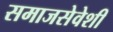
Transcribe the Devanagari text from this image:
समाजसेवेशी